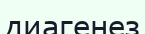
диагенез